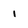
Character: 1